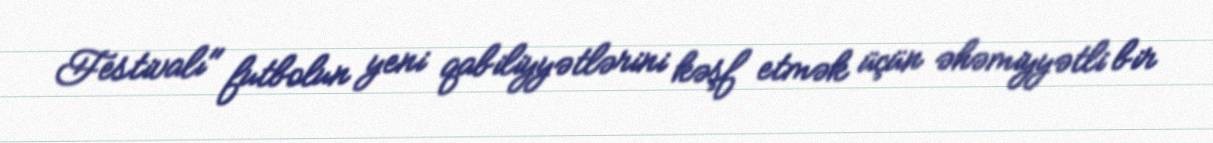
Festivalı" futbolun yeni qabiliyyətlərini kəşf etmək üçün əhəmiyyətli bir